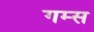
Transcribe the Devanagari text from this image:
गम्स